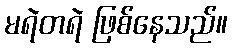
မရဲတရဲ ဖြစ်နေသည်။